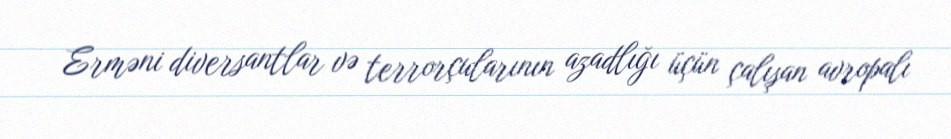
Erməni diversantlar və terrorçularının azadlığı üçün çalışan avropalı